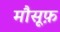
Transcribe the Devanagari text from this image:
मौसूफ़